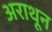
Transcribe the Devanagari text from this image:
अराथून